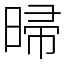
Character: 㫶